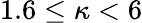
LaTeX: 1.6\leq\kappa<6